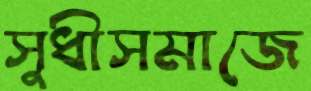
সুধীসমাজে